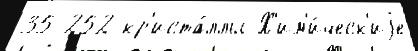
35 252 кр'иста́ллы Х'им'и́ческ'иjе